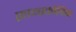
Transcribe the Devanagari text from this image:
फ्रान्स्कोविक